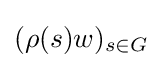
(\rho (s)w)_{s\in G}